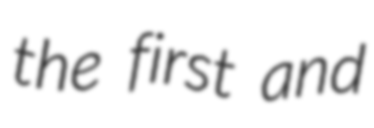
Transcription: the first and